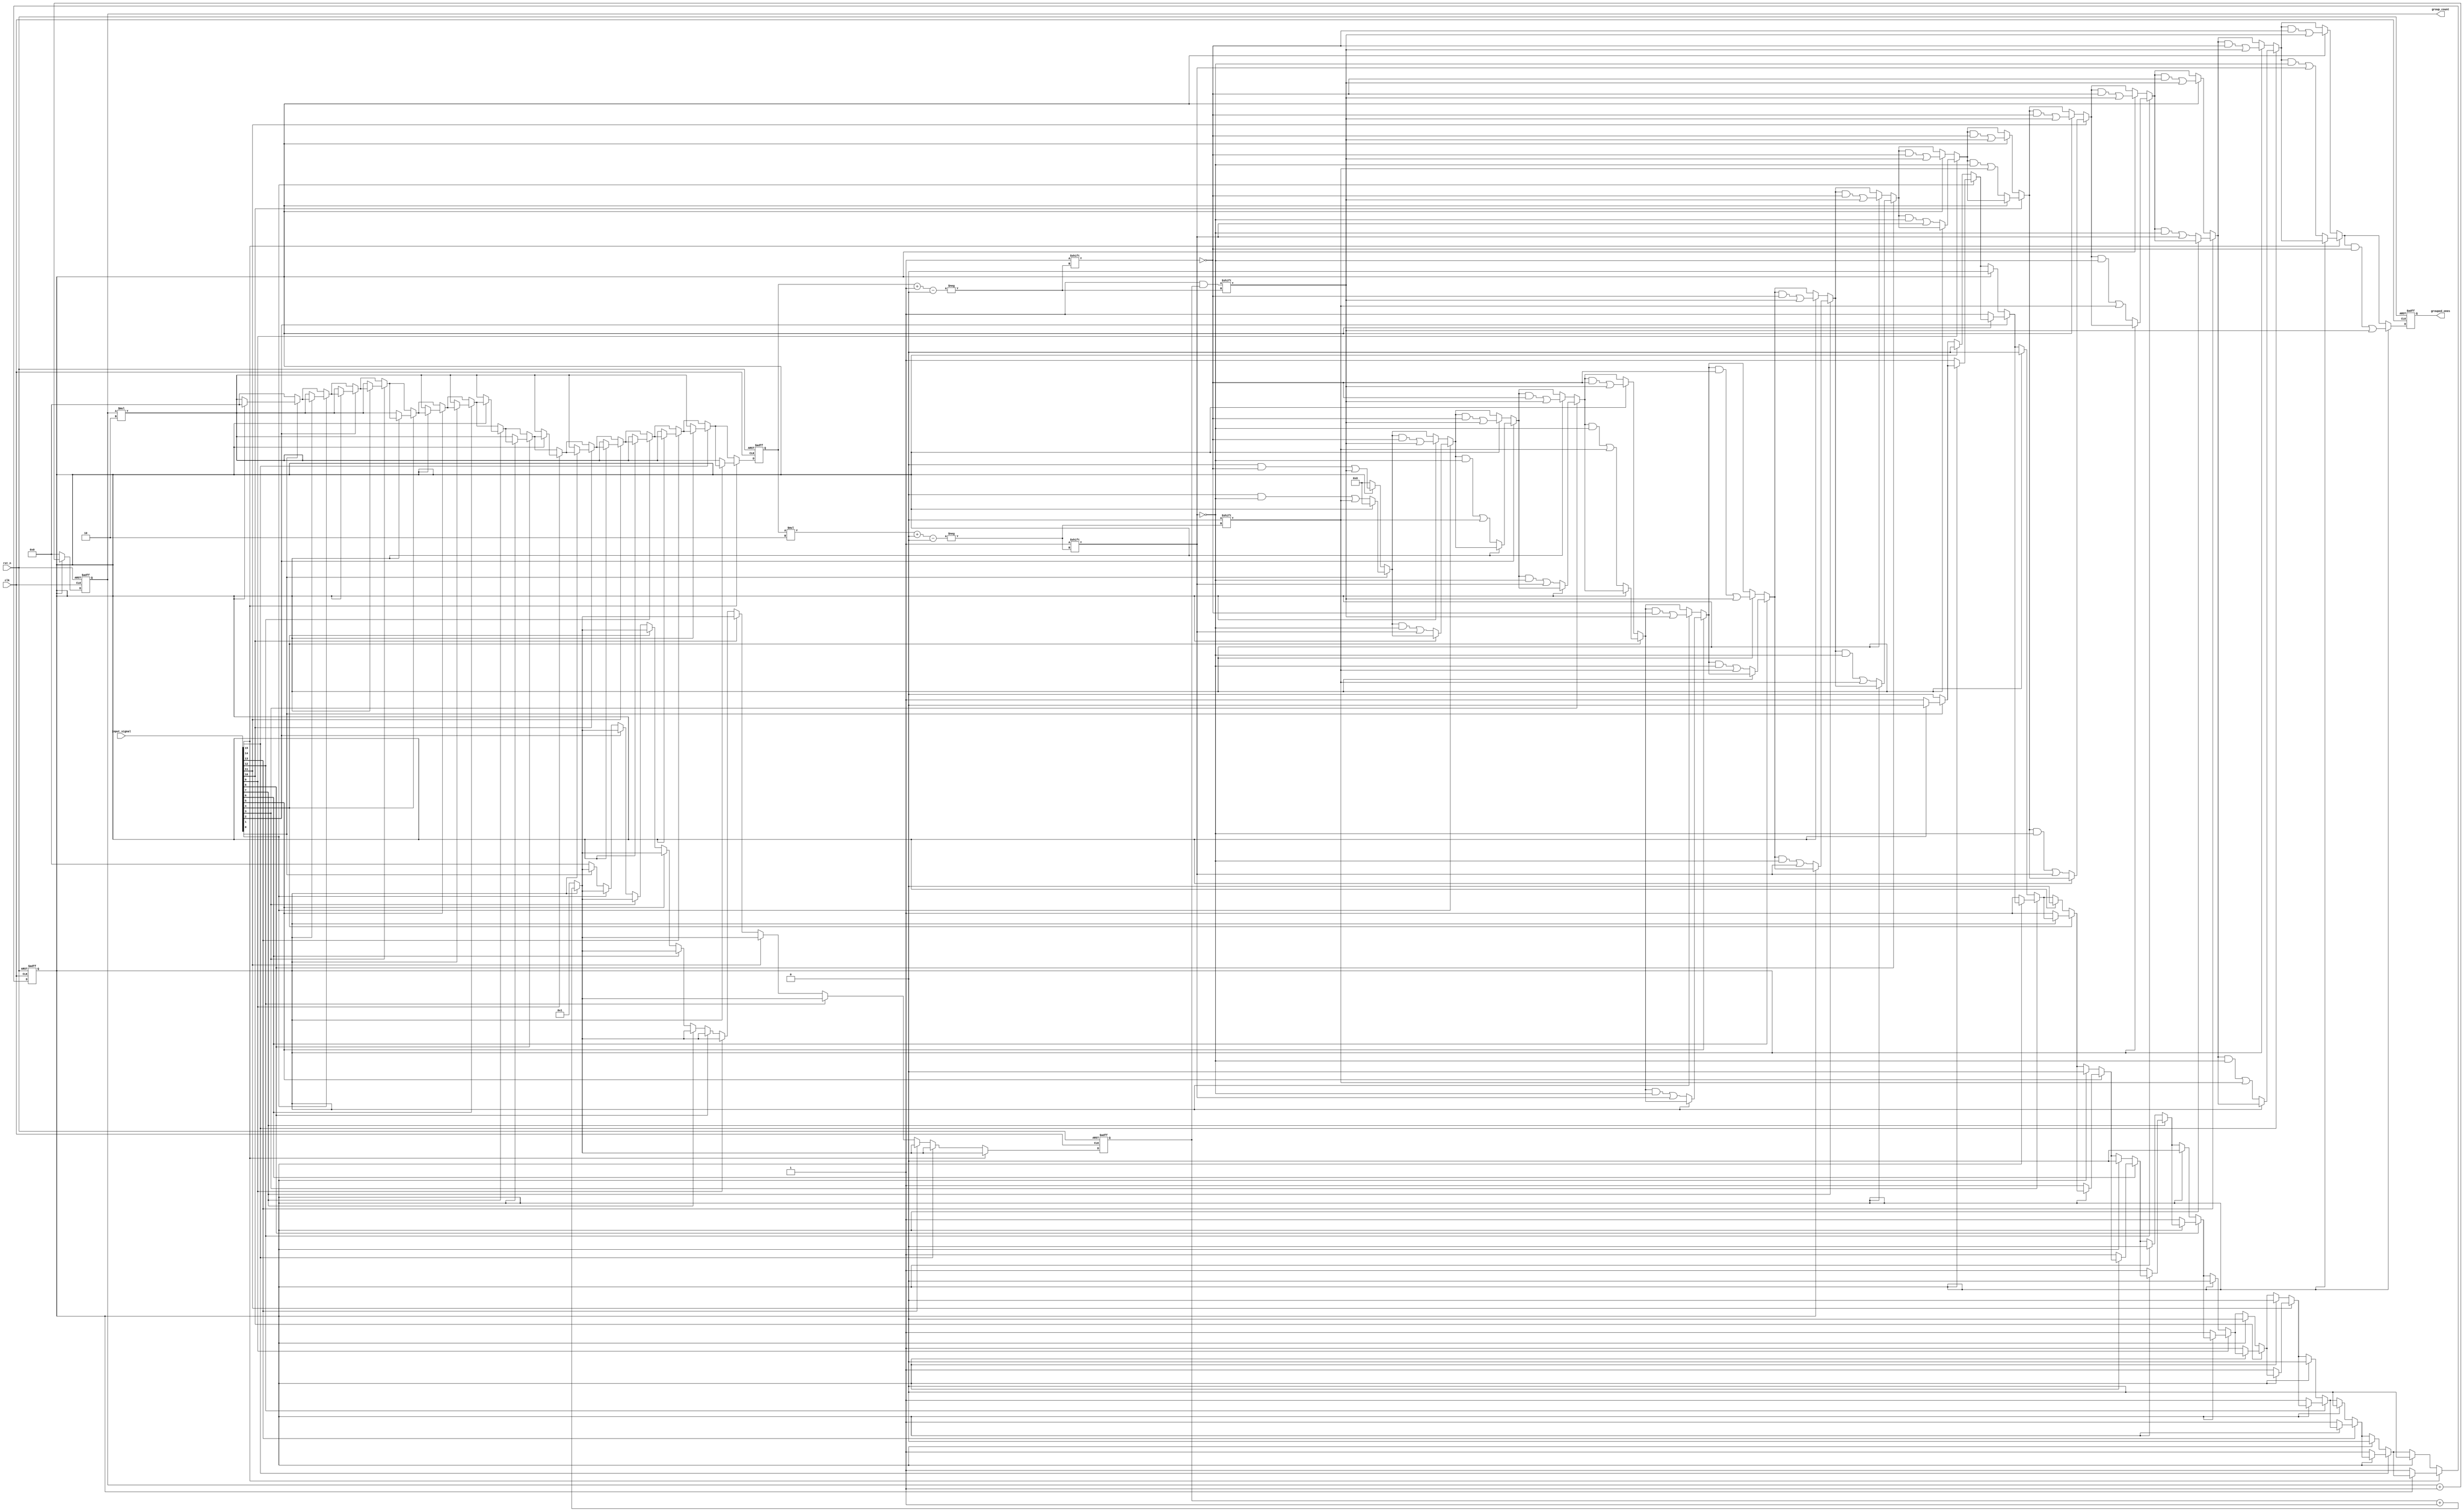
module GroupingOfOnes #(
    parameter N = 16,           // Length of input signal
    parameter MAX_GROUPS = 8    // Maximum number of groups that can be stored
)(
    input  wire                  clk,
    input  wire                  rst_n,           // Active low reset
    input  wire [N-1:0]         input_signal,
    output reg [MAX_GROUPS*2-1:0] grouped_ones, // {start_position, length} for each group
    output reg [3:0]             group_count      // Number of groups found
);

    reg [3:0] current_length; // Length of the current group of 1s
    reg [3:0] group_index;     // Current group index
    reg in_group;              // State to check if currently in a group of 1s

    integer i;

    always @(posedge clk or negedge rst_n) begin
        if (!rst_n) begin
            grouped_ones <= 0;
            group_count <= 0;
            current_length <= 0;
            group_index <= 0;
            in_group <= 0;
        end else begin
            // Initialize output
            current_length <= 0;
            group_index <= 0;
            group_count <= 0;
            in_group <= 0;
            grouped_ones <= 0;

            // Analyze the input signal
            for (i = 0; i < N; i = i + 1) begin
                if (input_signal[i] == 1) begin
                    if (!in_group) begin
                        // Mark the start of a new group
                        in_group <= 1;
                        group_index <= group_count * 2; // Calculate the start position in output vector (each group has 2 slots)
                        grouped_ones[group_index*2 +: 1] <= i; // Start position
                        current_length <= 1; // Reset length for new group
                    end else begin
                        // Increase the current length of the group
                        current_length <= current_length + 1;
                    end
                end else if (in_group) begin
                    // Transition from 1 to 0, record the length of the group
                    grouped_ones[group_index + 1] <= current_length; // Length of current group
                    group_count <= group_count + 1; // Increment group count
                    in_group <= 0; // End of current group
                end
            end

            // Handle case where we end with a group of 1s
            if (in_group) begin
                grouped_ones[group_index + 1] <= current_length; // Finish recording the last group
                group_count <= group_count + 1;
            end
        end
    end

endmodule